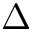
\Delta